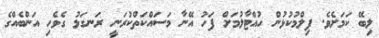
ލިބޭ ކަމަށެވެ. ފިލްމުކުޅުން ހުއްޓާލުމަށް ފަހު އޭނާ މަސައްކަތްކުރަނީ ރަނގަޅު ގެވެހި އަންބެއްގެ